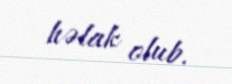
həlak olub.